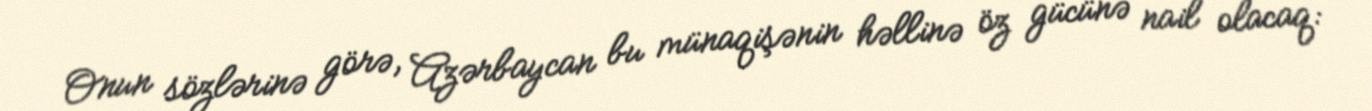
Onun sözlərinə görə, Azərbaycan bu münaqişənin həllinə öz gücünə nail olacaq: